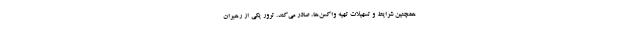
همچنین شرایط و تسهیلات تهیه واکسن‌ها، صادر می‌کند. ترور یکی از رهبران